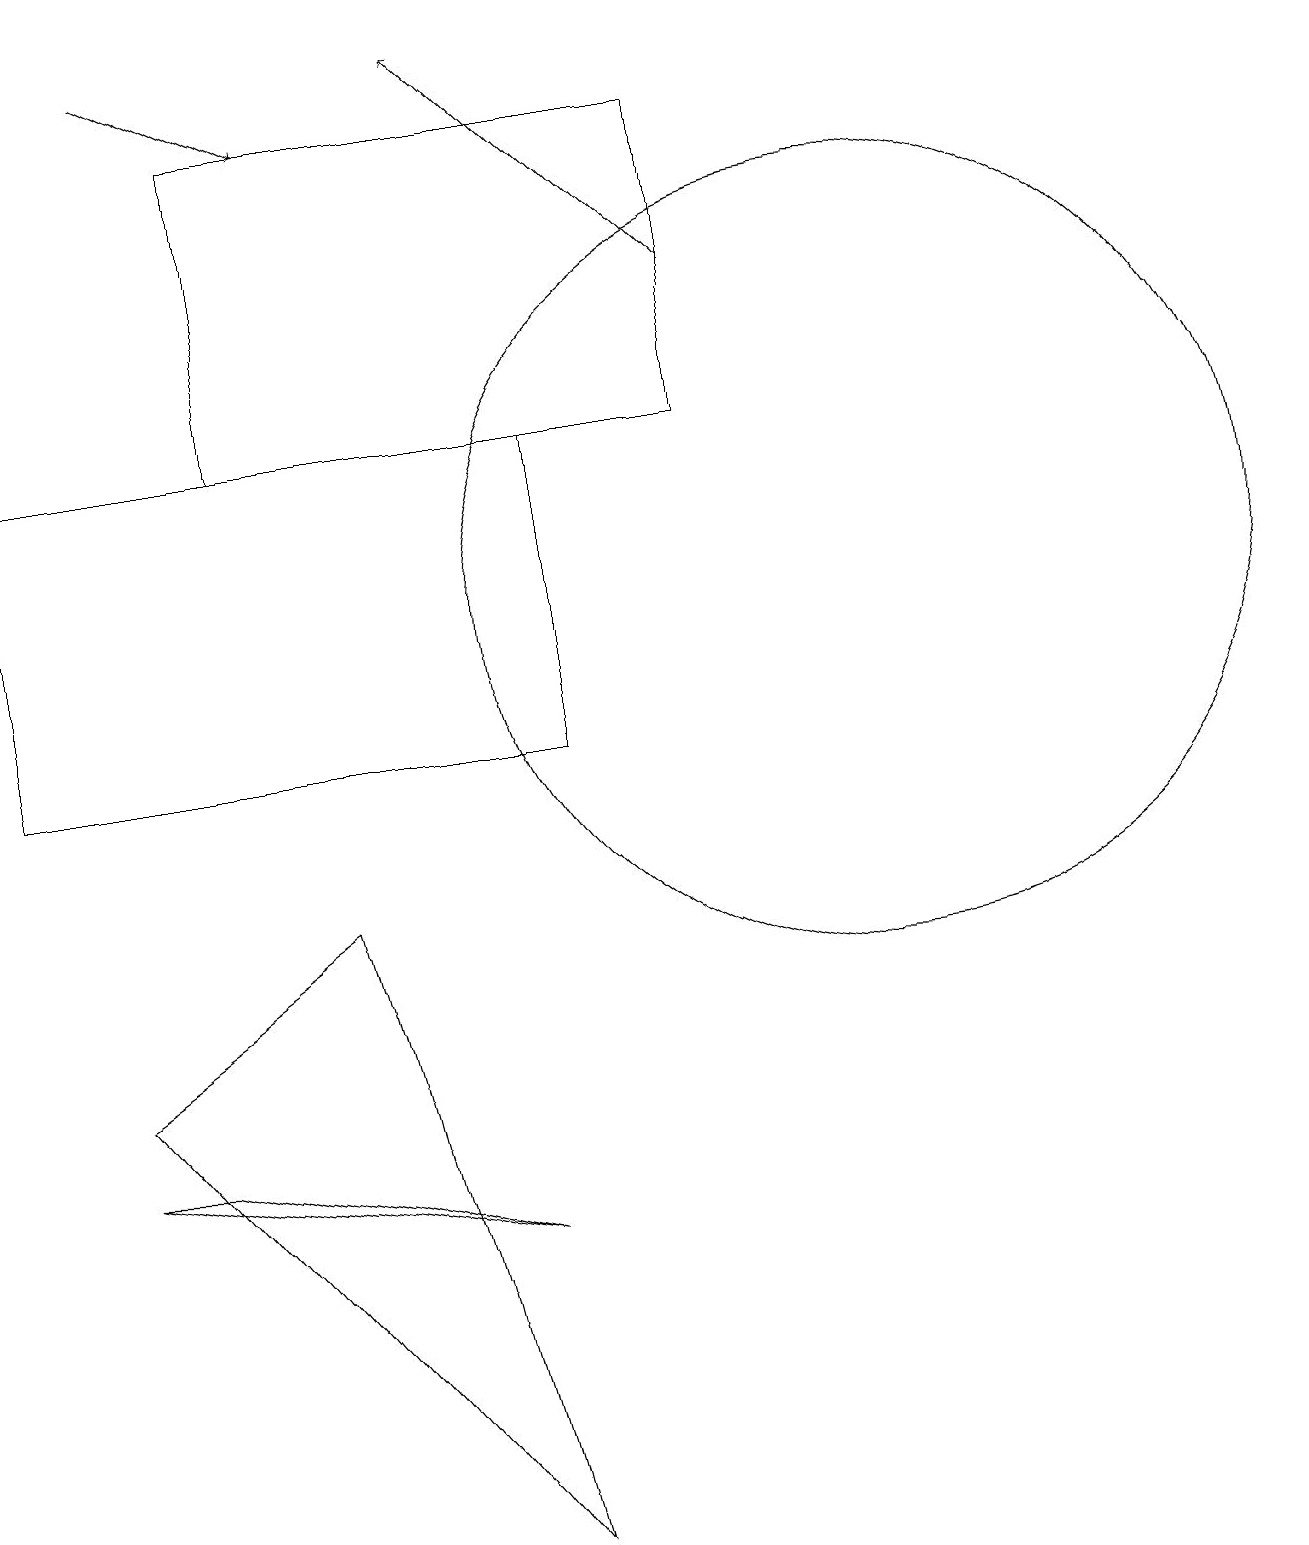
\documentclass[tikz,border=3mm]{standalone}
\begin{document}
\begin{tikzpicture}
\draw (9,14) rectangle (3,18);
\draw[->] (9,16) -- (6,19);
\draw[->] (2,19) -- (4,18);
\draw (11,12) circle (5);
\draw (2,5) -- (1,5) -- (6,4) -- cycle;
\draw (4,8) -- (6,0) -- (1,6) -- cycle;
\draw (7,14) rectangle (0,10);
\draw (11,11) circle (0);
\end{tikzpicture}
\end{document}